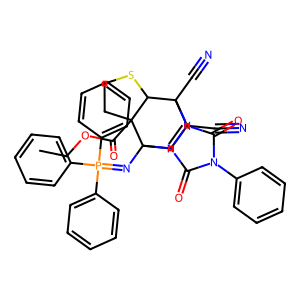
SMILES: CCOC(=O)C12CCSC1C1(C#N)C(C#N)=CC2(N=P(c2ccccc2)(c2ccccc2)c2ccccc2)n2c(=O)n(-c3ccccc3)c(=O)n21
Inhibits HIV replication: No